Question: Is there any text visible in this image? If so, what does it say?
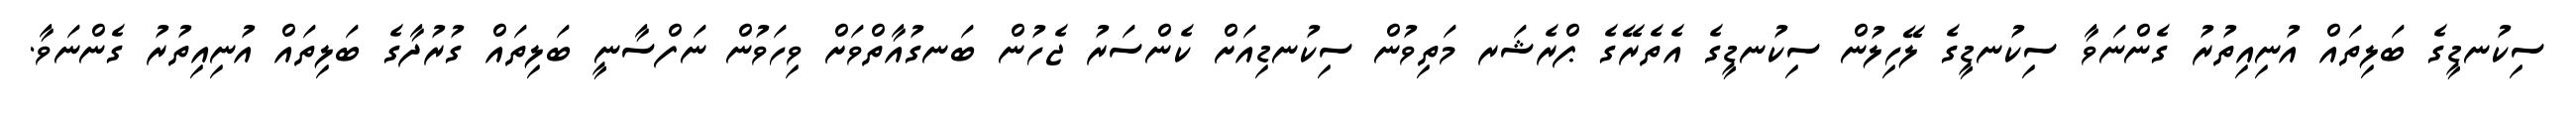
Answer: ސިކުނޑީގެ ބަލިތައް އުނިއިތުރު ގެންނަވާ ސިކުނޑީގެ ލޭހިލުން ސިކުނޑީގެ އެތެރޭގެ ޕްރެޝަރ މަތިވުން ސިކުނޑިއަށް ކެންސަރު ޖެހުން ބަނގުއާތްވަށް ވިހަވުން ނަފްސާނީ ބަލިތައް ގުރުދާގެ ބަލިތައް އުނިއިތުރު ގެންނަވާ.